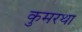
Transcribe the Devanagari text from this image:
कुमरथा